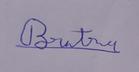
Signature authenticity: genuine